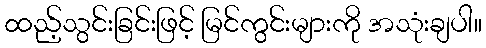
ထည့်သွင်းခြင်းဖြင့် မြင်ကွင်းများကို အသုံးချပါ။